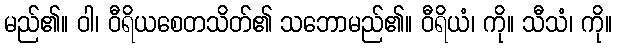
မည်၏။ ဝါ၊ ဝီရိယစေတသိတ်၏ သဘောမည်၏။ ဝီရိယံ၊ ကို။ သီသံ၊ ကို။